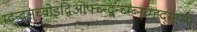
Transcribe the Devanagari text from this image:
म्द्न्द्स्च्वोइद्विओफ्च्न्द्ब्न्च्म्ब्न्व्म्ह्द्स्फ्य्